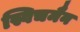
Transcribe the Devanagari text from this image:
स्विचमैन